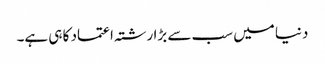
دنیا میں سب سے بڑا رشتہ اعتماد کا ہی ہے۔